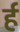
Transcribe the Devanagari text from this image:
र्ह